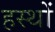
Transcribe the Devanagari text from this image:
हस्थों